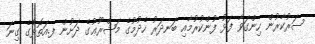
ސަރުކާރުން ހިންގަވާ ފަޅު ފުންކުރުމާއި ބަނދަރު ހެދުމުގެ މަޝްރޫޢުގެ ދަށުން ފ.އަތޮޅުގެ ގިނަ